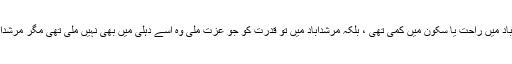
اس کا یہ مطلب نہیں تھا کہ قدرت کو مرشدآباد میں راحت یا سکون میں کمی تھی ، بلکہ مرشدآباد میں تو قدرت کو جو عزت ملی وہ اسے دہلی میں بھی نہیں ملی تھی مگر مرشدآباد میں شاہ عشق اﷲ قلندر کا مزار نہیں تھا ۔